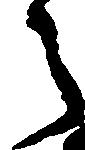
々